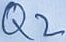
Text: Q2